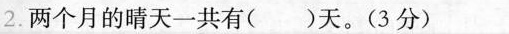
2.两个月的晴天一共有( )天。(3分）